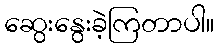
ဆွေးနွေးခဲ့ကြတာပါ။